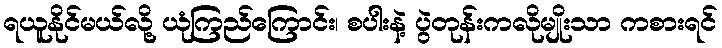
ရယူနိုင်မယ်လို့ ယုံကြည်ကြောင်း၊ စပါးနဲ့ ပွဲတုန်းကလိုမျိုးသာ ကစားရင်